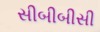
સીબીબીસી